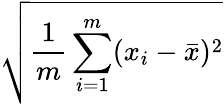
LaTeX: \sqrt{\frac{1}{m}\sum_{i=1}^{m}(x_{i}-\bar{x})^{2}}